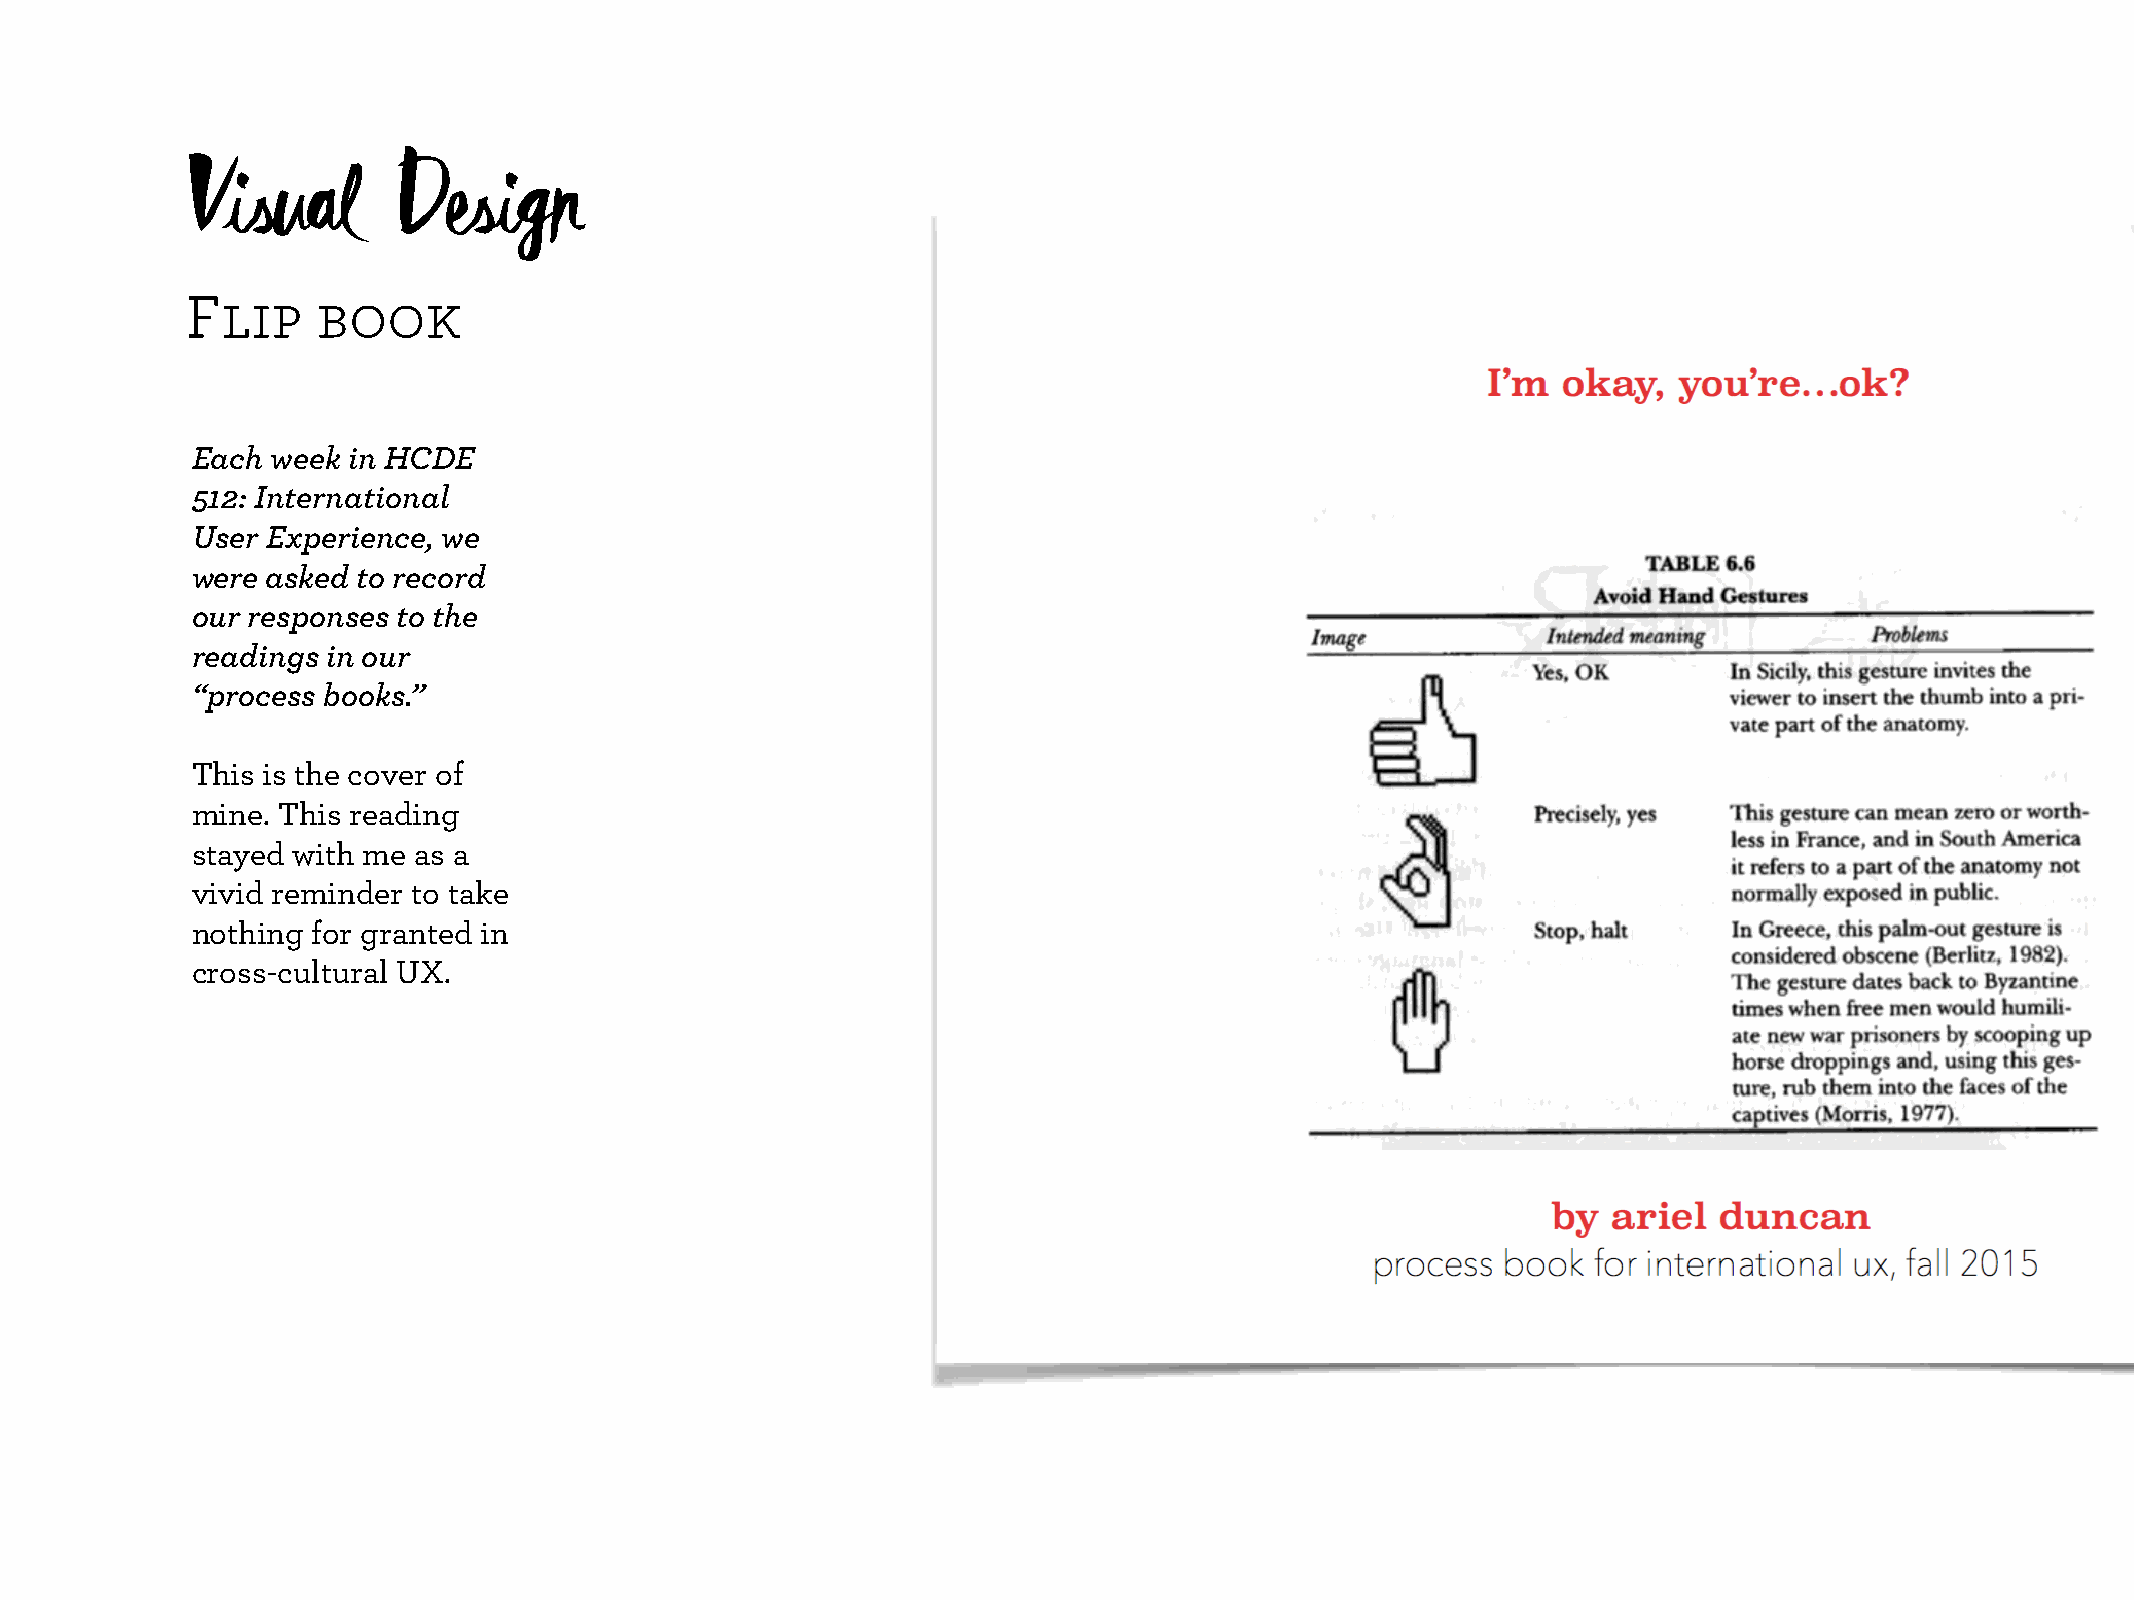
Visual       Design
 Flip     book
 Each week in HCDE
 512: International
 User Experience, we
 were asked to record
 our responses to the
 readings in our
 “process books.”
 This is the cover of
 mine. This reading
 stayed with me as a
 vivid reminder to take
 nothing for granted in
 cross-cultural UX.